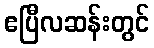
ဧပြီလဆန်းတွင်